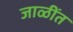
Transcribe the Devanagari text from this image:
जाळींत